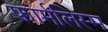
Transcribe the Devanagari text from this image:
फार्मलिस्म